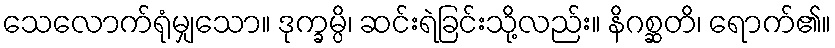
သေလောက်ရုံမျှသော။ ဒုက္ခမ္ပိ၊ ဆင်းရဲခြင်းသို့လည်း။ နိဂစ္ဆတိ၊ ရောက်၏။